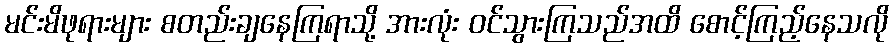
မင်းမိဖုရားများ စတည်းချနေကြရာသို့ အားလုံး ဝင်သွားကြသည်အထိ စောင့်ကြည့်နေသလို